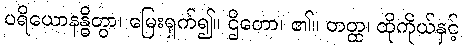
ပရိယောနန္ဓိတွာ၊ မြေးရှက်၍။ ဌိတော၊ ၏။ တတ္ထ၊ ထိုကိုယ်နှင့်